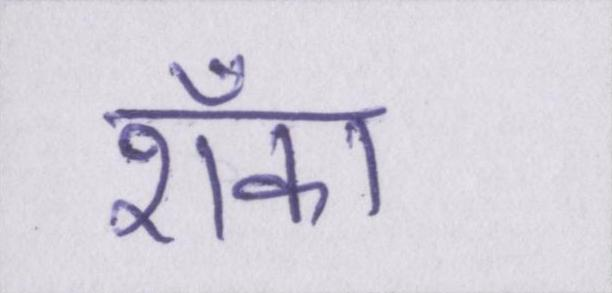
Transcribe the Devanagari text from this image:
शँका